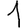
Digit: 1